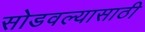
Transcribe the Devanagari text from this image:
सोडवल्यासाठी